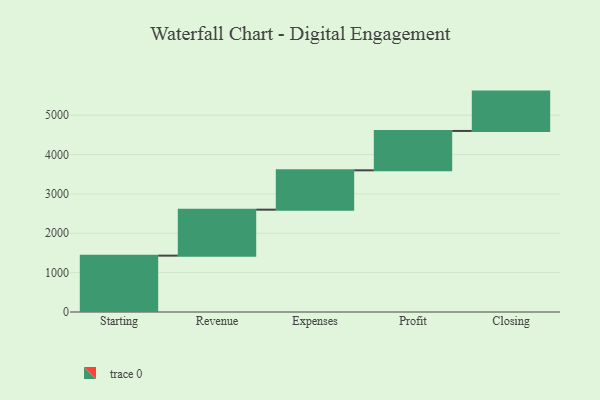
{"axis": {"x": "Step", "y": "Value"}, "legend": [""], "data": [{"x": "Starting", "y": 1432.0, "type": ""}, {"x": "Revenue", "y": 1168.0, "type": ""}, {"x": "Expenses", "y": 1000, "type": ""}, {"x": "Profit", "y": 1000, "type": ""}, {"x": "Closing", "y": 1000, "type": ""}]}